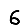
Digit: 6